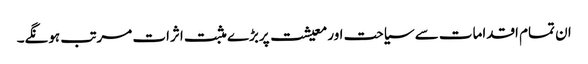
ان تمام اقدامات سے سیاحت اور معیشت پربڑے مثبت اثرات مرتب ہونگے۔